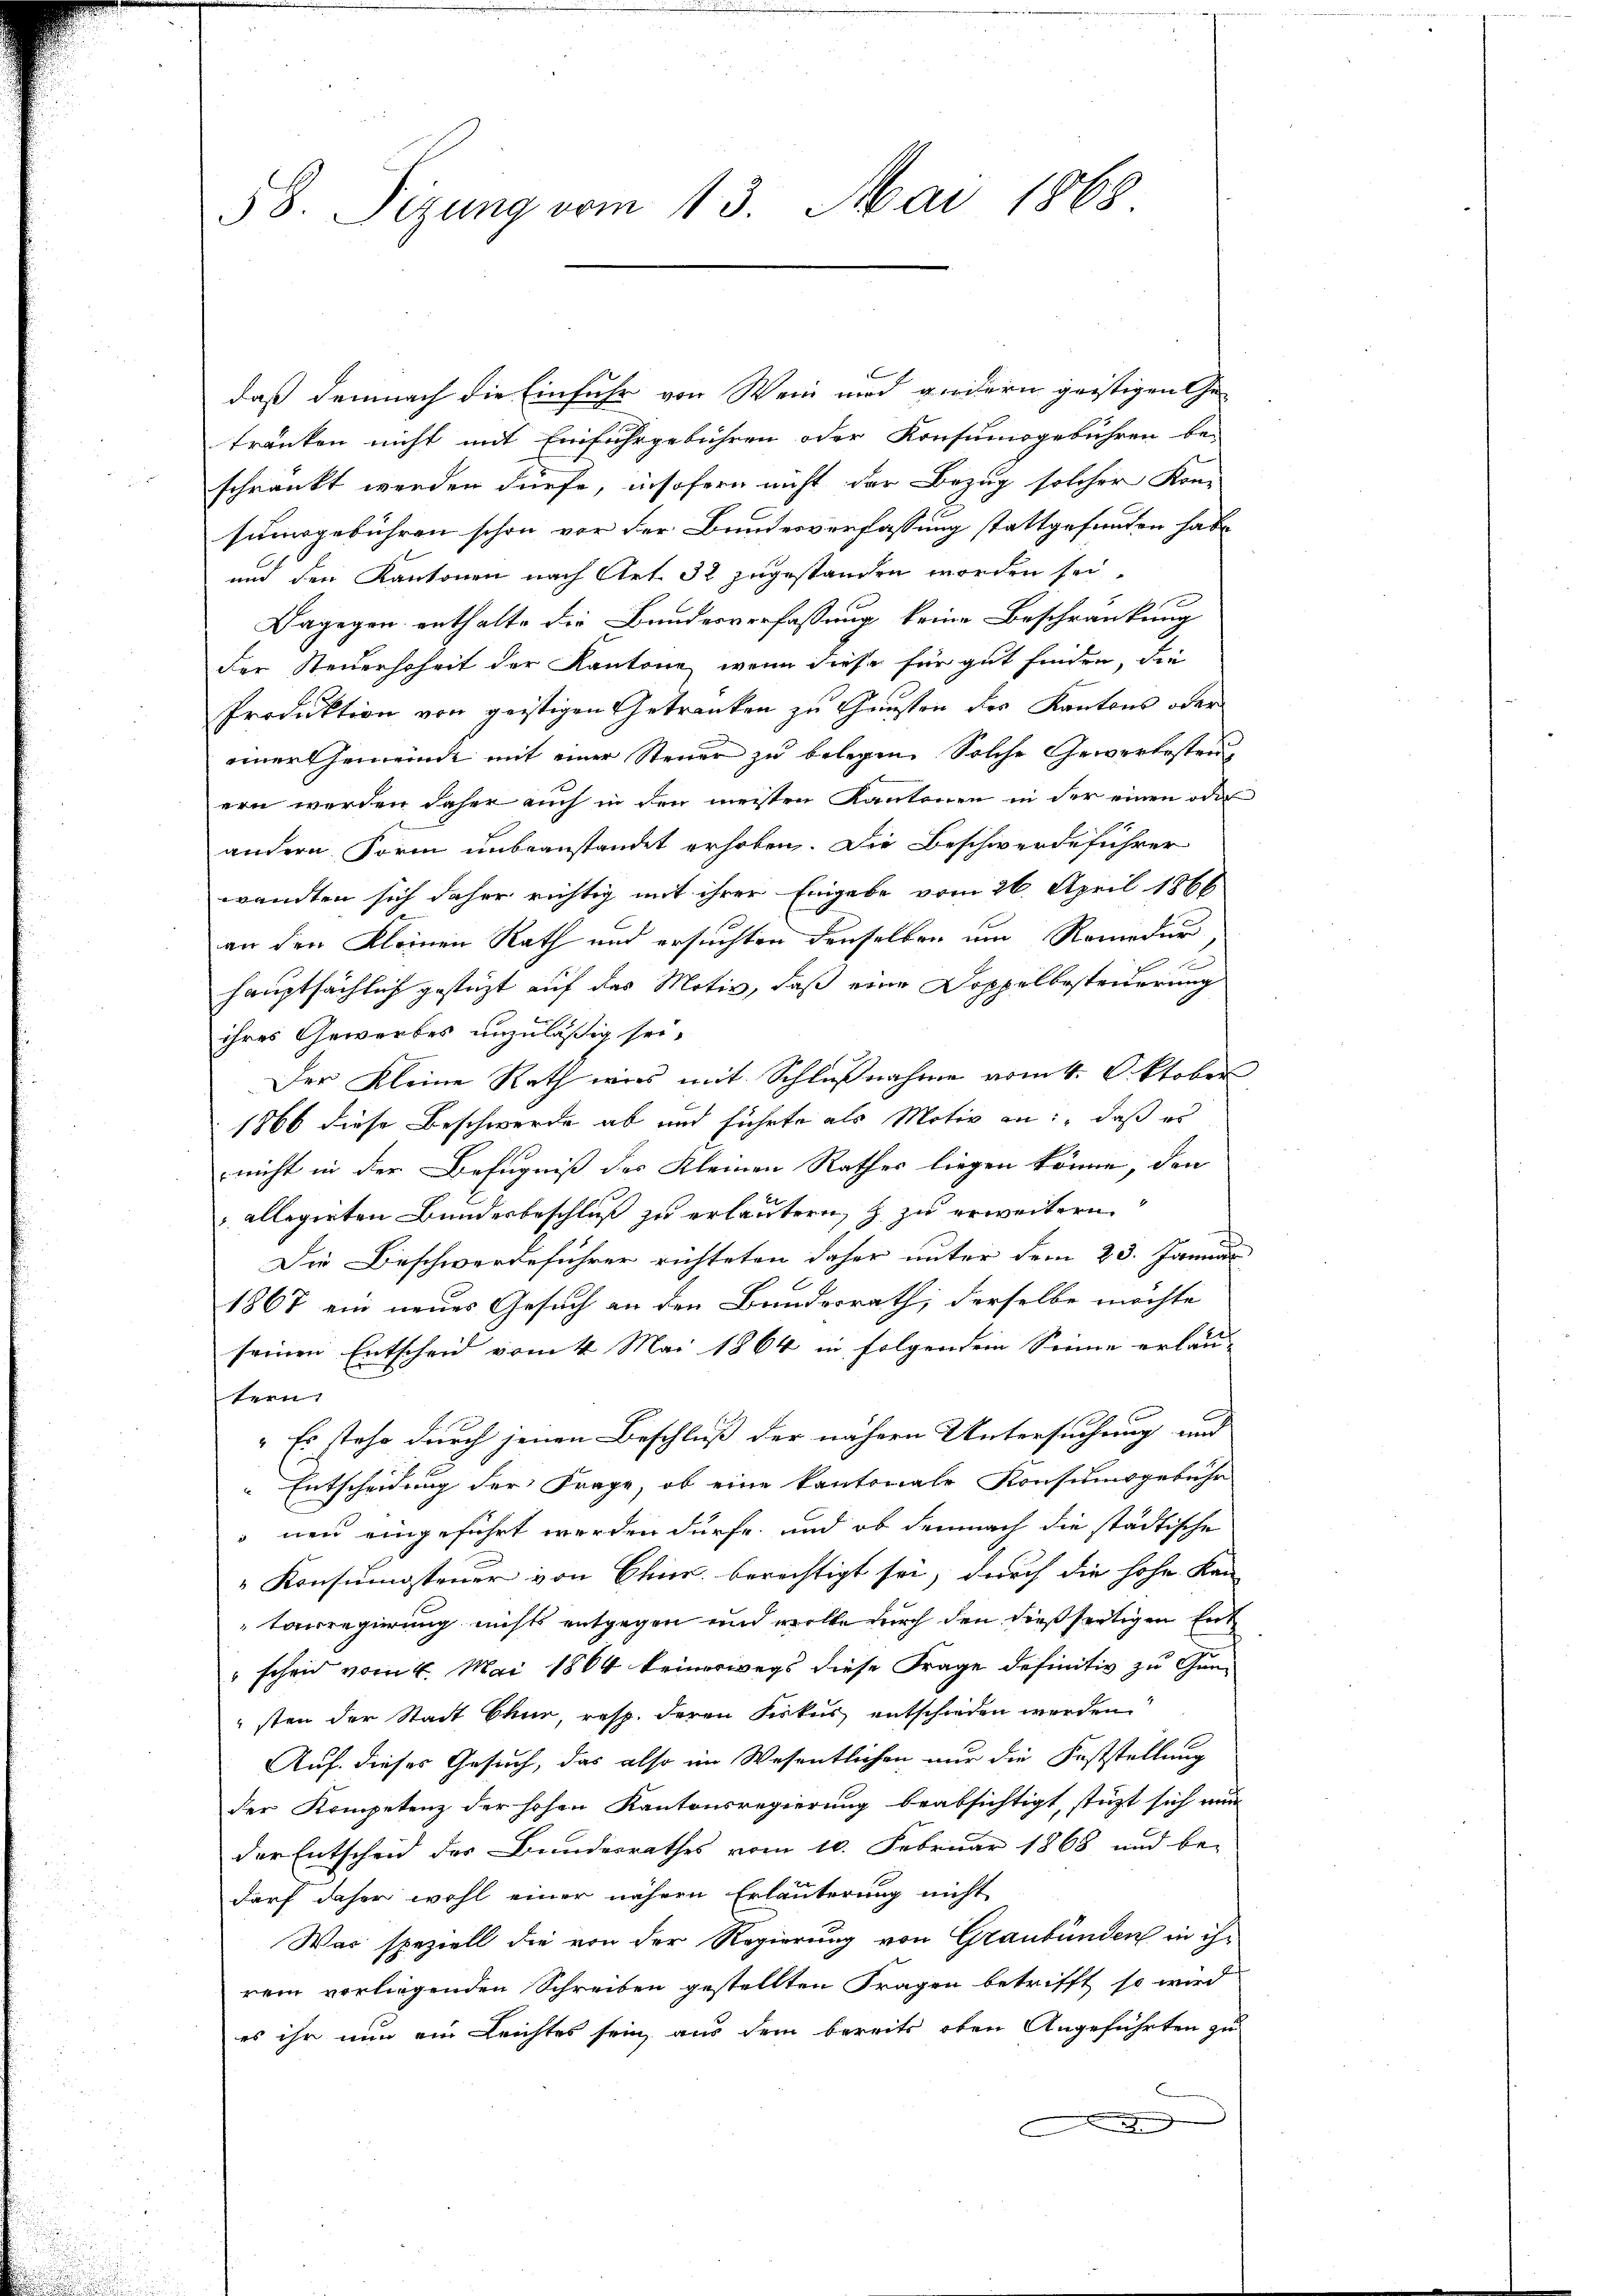
58. Sizung vom 13. Mai 1868

daß demnach die Einfuhr von Wein und andern geistigen Ge-
tränken nicht mit Einfuhrgebühren oder Konsumsgebühren be-
schränkt werden dürfe, insofern nicht der Bezug solcher Kon-
sumsgebühren schon vor der Bundesverfassung stattgefunden habe
und den Kantonen nach Art. 32 zugestanden worden sei,
Dagegen enthalte die Bundesverfassung keine Beschränkung
der Steuerhoheit der Kantone, wenn diese für gut finden, die
Produktion von geistigen Getranken zu Gunsten der Kantons oder
einer Gemeinde mit einer Steuer zu belegen. Solche Gewerbesten
ern werden daher auch in den meisten Kantonen in der einen oder
andern Form unbeanstandet erhoben. Die Beschwerdeführer
wandten sich daher richtig mit ihrer Eingabe vom 26. April 1866
an den Kleinen Rath und ersuchten denselben um Romedur,

2
hauptsächlich gestüzt auf das Motiv, daß eine Doppelbesteuerung
ihres Gewerbes unzuläßig sei.
Der Kleine Rath wies mit Schlußnahme vom 4. Oktober
1866 diese Beschwerde ab und führte als Motiv an: „daß es
nicht in der Befugniß des Kleinen Rathes liegen könne, den
allegirten Bundesbeschluß zu erläutern, & zu erweitern
Die Beschwerdeführer richteten daher unter dem 23. Januar
1867 ein neues Gesuch an den Bundesrath, derselbe möchte
seinen Entscheid vom 4. Mai 1864 in folgendem Sinne erläu-
tern
" Es stehe durch jenen Beschluß der nähern Untersuchung und
Entscheidung der Frage, ob eine kantonale Konsumsgebühr
nen eingeführt werden dürfe, und ob demnach die städtische
Konsumsteuer von Chur berechtigt sei, durch die hohe Kan-
taisregierung nichts entgegen und wolle durch den dießseitigen Ent
" scheid vom 4. Mai 1864 keineswegs diese Frage definitiv zu Gunsten der Stadt Chur, resp. deren Fiskus entschieden werden
Auf dieses Gesuch, das also im Wesentlichen nur die Feststellung
der Kompetenz der hohen Kantonsregierung beabsichtigt, stüzt sich nun
der Entscheid des Bundesrathes vom 10. Februar 1868 und be-
darf daher wohl einer nähern Erläuterung nicht
Was speziell die von der Regierung von Graubünden in ihr
rem vorliegenden Schreiben gestellten Fragen betrifft so wird
es ihr nun ein Leichtes sein, aus dem bereits oben Angeführten zu
d

funden